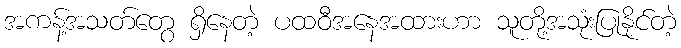
အကန့်အသတ်တွေ ရှိနေတဲ့ ပထဝီအနေအထားဟာ သူတို့အသုံးပြုနိုင်တဲ့